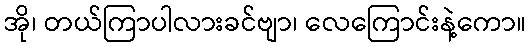
အို၊ တယ်ကြာပါလားခင်ဗျာ၊ လေကြောင်းနဲ့ကော။